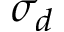
\sigma _ { d }